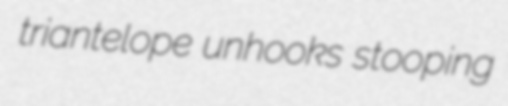
triantelope unhooks stooping